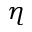
\eta